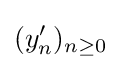
(y'_{n})_{n\geq 0}